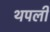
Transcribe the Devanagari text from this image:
थपली